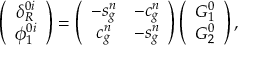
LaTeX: \left( \begin{array} { c } { { \delta _ { R } ^ { 0 i } } } \\ { { \phi _ { 1 } ^ { 0 i } } } \end{array} \right) = \left( \begin{array} { c c } { { - s _ { g } ^ { n } } } & { { - c _ { g } ^ { n } } } \\ { { c _ { g } ^ { n } } } & { { - s _ { g } ^ { n } } } \end{array} \right) \left( \begin{array} { c } { { G _ { 1 } ^ { 0 } } } \\ { { G _ { 2 } ^ { 0 } } } \end{array} \right) ,